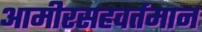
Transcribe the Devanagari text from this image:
आमीरसहवर्तमान